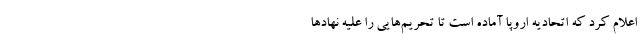
اعلام کرد که اتحادیه اروپا آماده است تا تحریم‌هایی را علیه نهاد‌ها